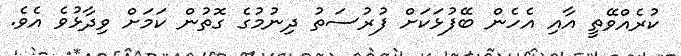
ކުރެއްވޭތީ އާއި އެހެން ބޭފުޅަކަށް ފުރުސަތު ދިނުމުގެ ގޮތުން ކަމަށް ވިދާޅުވެ އެވެ.